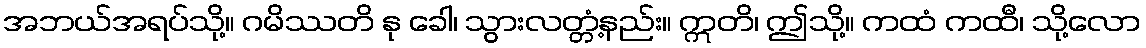
အဘယ်အရပ်သို့။ ဂမိဿတိ နု ခေါ၊ သွားလတ္တံ့နည်း။ ဣတိ၊ ဤသို့။ ကထံ ကထီ၊ သို့လော